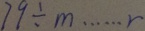
7 9 \div m \cdots r